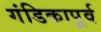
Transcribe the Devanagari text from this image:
गंडिकापूर्व